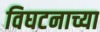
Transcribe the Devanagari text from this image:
विघटनाच्या